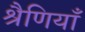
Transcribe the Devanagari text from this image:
श्रैणियाँ